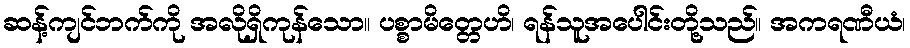
ဆန့်ကျင်ဘက်ကို အလိုရှိကုန်သော။ ပစ္စာမိတ္တေဟိ၊ ရန်သူအပေါင်းတို့သည်။ အကရဏီယံ၊